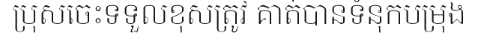
ប្រុសចេះទទួលខុសត្រូវ គាត់បានទំនុកបម្រុង